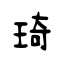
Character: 琦